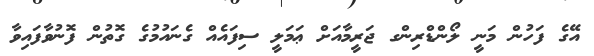
އޭގެ ފަހުން މަނީ ލޯންޑްރިންގ ޖަރީމާއަށް ޢަމަލީ ސިފައެއް ގެނައުމުގެ ގޮތުން ފޮނުވާފައިވާ